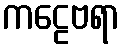
ကဠေဗရာ